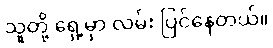
သူတို့ ရှေ့မှာ လမ်း ပြင်နေတယ်။